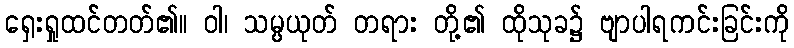
ရှေးရှုထင်တတ်၏။ ဝါ၊ သမ္ပယုတ် တရား တို့၏ ထိုသုခ၌ ဗျာပါရကင်းခြင်းကို